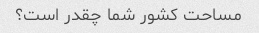
مساحت کشور شما چقدر است؟